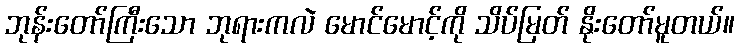
ဘုန်းတော်ကြီးသော ဘုရားကလဲ မောင်မောင့်ကို သိပ်မြတ် နိုးတော်မူတယ်။